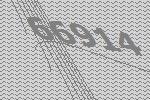
66914